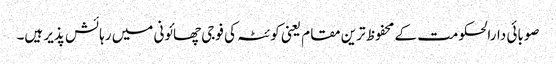
صوبائی دارالحکومت کے محفوظ ترین مقام یعنی کوئٹہ کی فوجی چھائونی میں رہائش پذیر ہیں۔